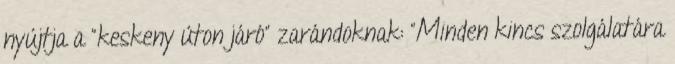
nyújtja a "keskeny úton járó" zarándoknak: "Minden kincs szolgálatára